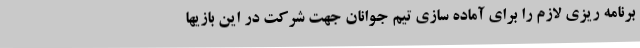
برنامه ریزی لازم را برای آماده سازی تیم جوانان جهت شرکت در این بازیها